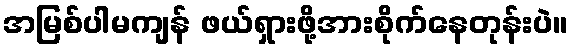
အမြစ်ပါမကျန် ဖယ်ရှားဖို့အားစိုက်နေတုန်းပဲ။